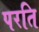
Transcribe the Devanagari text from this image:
परति